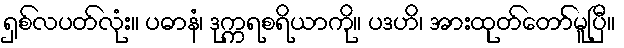
ရှစ်လပတ်လုံး။ ပဓာနံ၊ ဒုက္ကရစရိယာကို။ ပဒဟိ၊ အားထုတ်တော်မူပြီ။